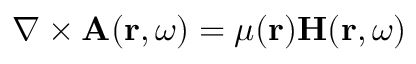
\nabla \times { \bf A } ( { \bf r } , \omega ) = \mu ( { \bf r } ) { \bf H } ( { \bf r } , \omega )